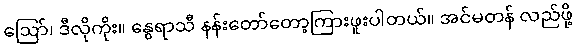
ဩော်၊ ဒီလိုကိုး။ နွေရာသီ နန်းတော်တော့ကြားဖူးပါတယ်။ အင်မတန် လည်ဖို့